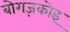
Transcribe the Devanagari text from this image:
बोगज़कोइ